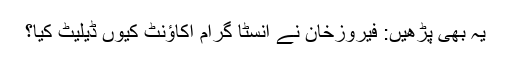
یہ بھی پڑھیں: فیروزخان نے انسٹا گرام اکاؤنٹ کیوں ڈیلیٹ کیا؟